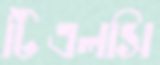
টিএলসি